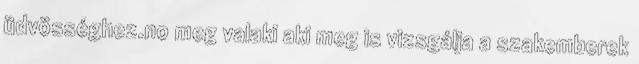
üdvösséghez.no meg valaki aki meg is vizsgálja a szakemberek